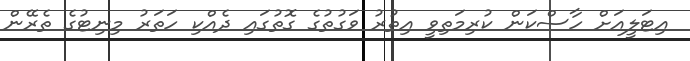
އިޓަލީއަށް ހާސްކަން ކުރިމަތިވީ އިތުރު ވަގުތުގެ ގޮތުގައި ދެއްކި ހަތަރު މިނިޓުގެ ތެރޭން